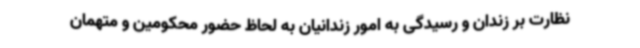
نظارت بر زندان و رسیدگی به امور زندانیان به لحاظ حضور محکومین و متهمان